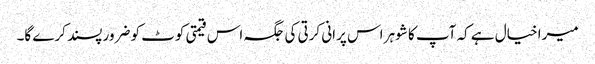
میرا خیال ہے کہ آپ کا شوہر اس پرانی کرتی کی جگہ اس قیمتی کوٹ کو ضرور پسند کرے گا۔